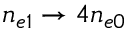
n _ { e 1 } \rightarrow 4 n _ { e 0 }